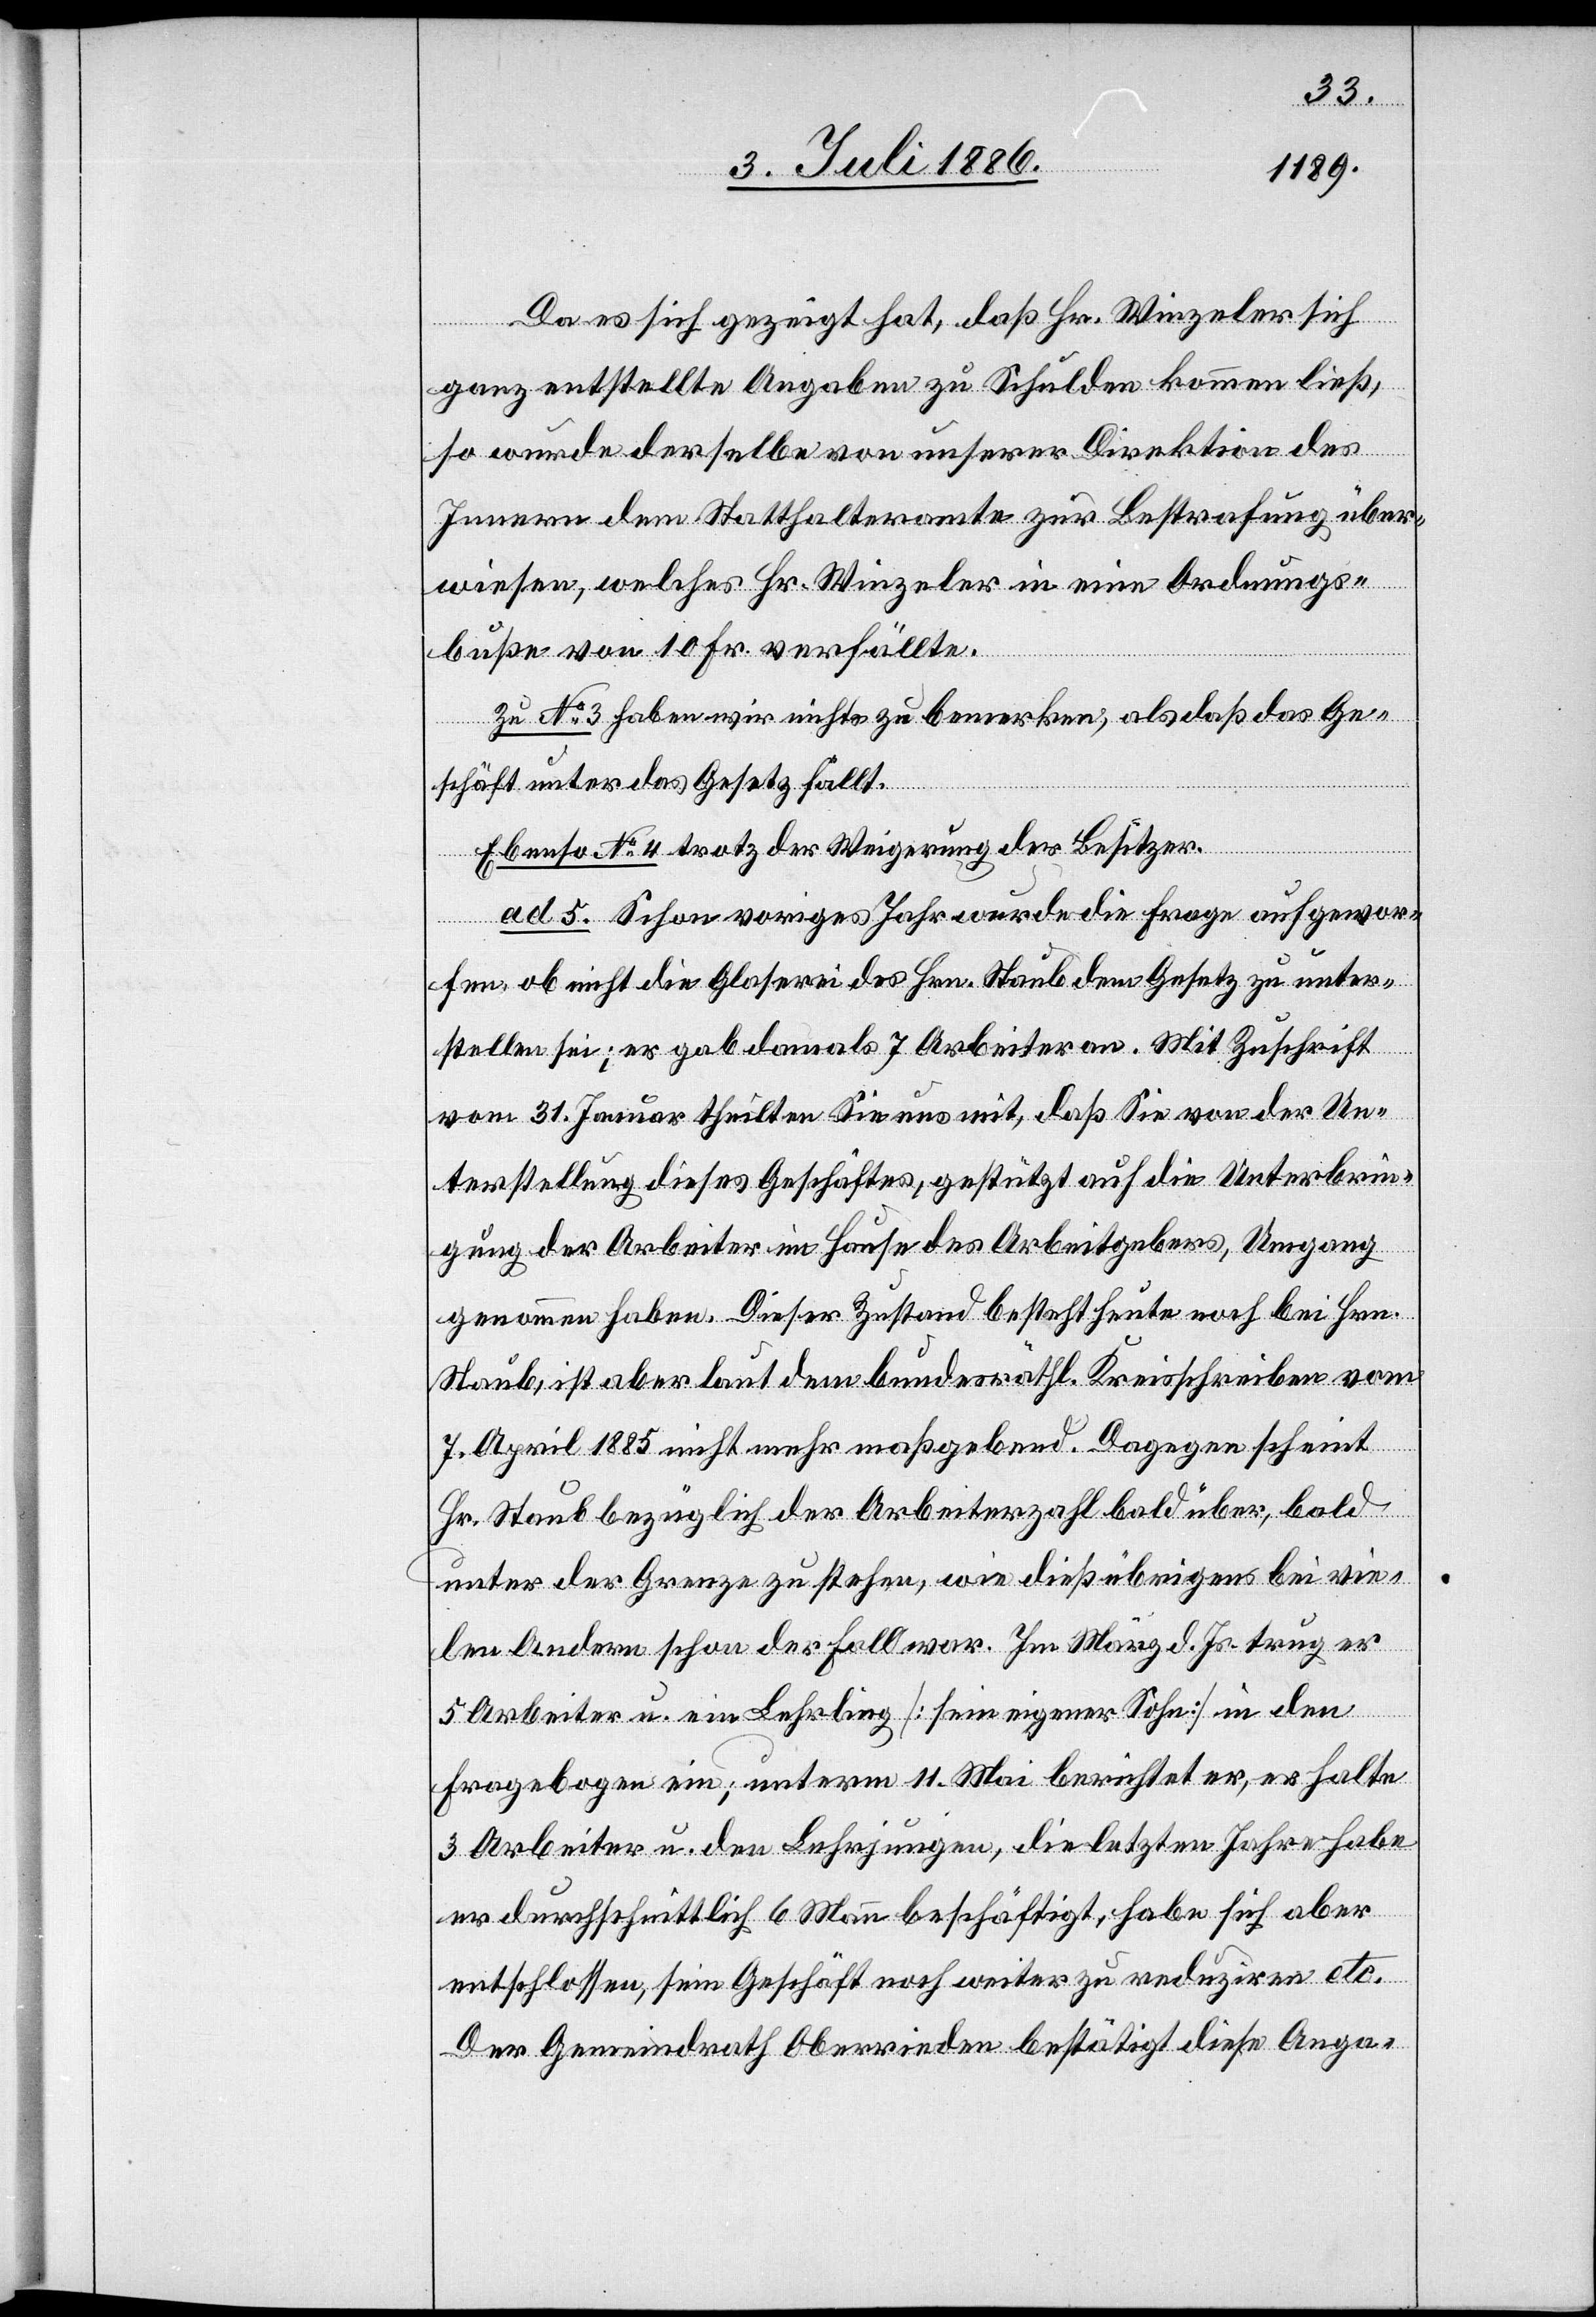
Da es sich gezeigt hat, daß Hr. Winzeler sich
ganz entstellte Angaben zu Schulden kommen ließ,
so wurde derselbe von unserer Direktion des
Innern dem Statthalteramte zur Bestrafung über¬
wiesen, welches Hr. Winzeler in eine Ordnungs¬
buße von 10 Fr. verfällte.
Zu No 3 haben wir nichts zu bemerken, als daß das Ge¬
schäft unter das Gesetz fällt.
Ebenso No 4 trotz der Weigerung des Besitzers.
ad 5. Schon voriges Jahr wurde die Frage aufgewor¬
fen, ob nicht die Glaserei des Hrn. Staub dem Gesetz zu unter¬
stellen sei; er gab damals 7 Arbeiter an. Mit Zuschrift
vom 31. Januar theilten Sie uns mit, daß Sie von der Un¬
terstellung dieses Geschäftes, gestützt auf die Unterbrin¬
gung der Arbeiter im Hause des Arbeitgebers, Umgang
genommen haben. Dieser Zustand besteht heute noch bei Hrn.
Staub, ist aber laut dem bundesräthl. Kreisschreiben vom
7. April 1885 nicht mehr maßgebend. Dagegen scheint
Hr. Staub bezüglich der Arbeiterzahl bald über, bald
unter der Grenze zu stehen, wie dieß übrigens bei vie¬
len Andern schon der Fall war. Im März d. Js. trug er
5 Arbeiter u. ein Lehrling [sein eigener Sohn] in den
Fragebogen ein; unterm 11. Mai berichtet er, er halte
3 Arbeiter u. den Lehrjungen, die letzten Jahre habe
er durchschnittlich 6 Mann beschäftigt, habe sich aber
entschlossen, sein Geschäft noch weiter zu reduziren etc.
Der Gemeindrath Oberrieden bestätigt diese Anga-